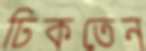
ঢিকতেন